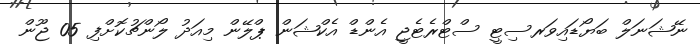
ނޭޝަނަލް ބަޔޯޑައިވަރސިޓީ ސްޓްރެޓެޖީ އެންޑް އެކްޝަން ޕްލޭން މިއަދު ލޯންޗުކޮށްފި 05 ޖޫން